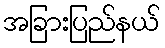
အခြားပြည်နယ်